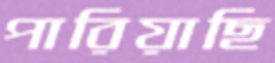
পারিয়াছি